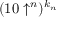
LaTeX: ( 1 0 \uparrow ^ { n } ) ^ { k _ { n } }